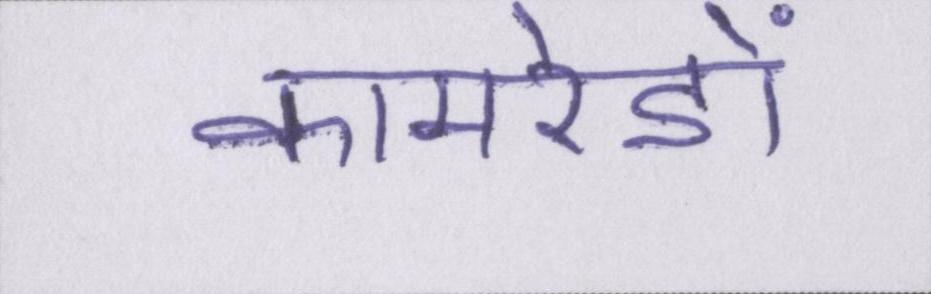
कामरेडों